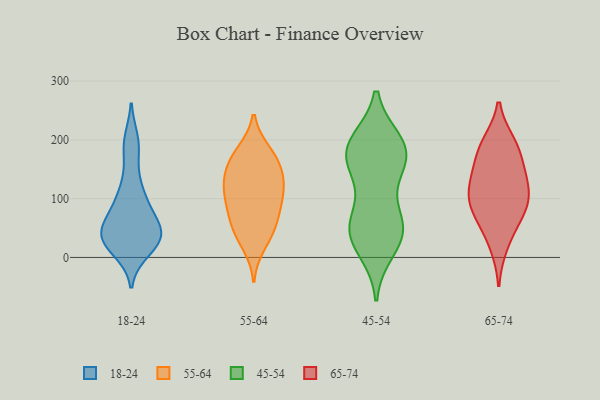
{"axis": {"x": "Latency (ms)", "y": "Value"}, "legend": ["18-24", "45-54", "55-64", "65-74"], "data": [{"x": "", "y": 22, "type": "18-24"}, {"x": "", "y": 41, "type": "18-24"}, {"x": "", "y": 38, "type": "18-24"}, {"x": "", "y": 127, "type": "18-24"}, {"x": "", "y": 105, "type": "18-24"}, {"x": "", "y": 83, "type": "18-24"}, {"x": "", "y": 53, "type": "18-24"}, {"x": "", "y": 12, "type": "18-24"}, {"x": "", "y": 38, "type": "18-24"}, {"x": "", "y": 37, "type": "18-24"}, {"x": "", "y": 30, "type": "18-24"}, {"x": "", "y": 78, "type": "18-24"}, {"x": "", "y": 185, "type": "18-24"}, {"x": "", "y": 199, "type": "18-24"}, {"x": "", "y": 153, "type": "55-64"}, {"x": "", "y": 70, "type": "55-64"}, {"x": "", "y": 165, "type": "55-64"}, {"x": "", "y": 61, "type": "55-64"}, {"x": "", "y": 146, "type": "55-64"}, {"x": "", "y": 41, "type": "55-64"}, {"x": "", "y": 46, "type": "55-64"}, {"x": "", "y": 104, "type": "55-64"}, {"x": "", "y": 122, "type": "55-64"}, {"x": "", "y": 180, "type": "55-64"}, {"x": "", "y": 181, "type": "55-64"}, {"x": "", "y": 93, "type": "55-64"}, {"x": "", "y": 95, "type": "55-64"}, {"x": "", "y": 20, "type": "55-64"}, {"x": "", "y": 133, "type": "55-64"}, {"x": "", "y": 120, "type": "55-64"}, {"x": "", "y": 13, "type": "45-54"}, {"x": "", "y": 49, "type": "45-54"}, {"x": "", "y": 163, "type": "45-54"}, {"x": "", "y": 34, "type": "45-54"}, {"x": "", "y": 69, "type": "45-54"}, {"x": "", "y": 54, "type": "45-54"}, {"x": "", "y": 192, "type": "45-54"}, {"x": "", "y": 193, "type": "45-54"}, {"x": "", "y": 179, "type": "45-54"}, {"x": "", "y": 196, "type": "45-54"}, {"x": "", "y": 142, "type": "45-54"}, {"x": "", "y": 35, "type": "45-54"}, {"x": "", "y": 179, "type": "45-54"}, {"x": "", "y": 158, "type": "45-54"}, {"x": "", "y": 59, "type": "45-54"}, {"x": "", "y": 133, "type": "65-74"}, {"x": "", "y": 89, "type": "65-74"}, {"x": "", "y": 78, "type": "65-74"}, {"x": "", "y": 98, "type": "65-74"}, {"x": "", "y": 145, "type": "65-74"}, {"x": "", "y": 194, "type": "65-74"}, {"x": "", "y": 179, "type": "65-74"}, {"x": "", "y": 57, "type": "65-74"}, {"x": "", "y": 190, "type": "65-74"}, {"x": "", "y": 129, "type": "65-74"}, {"x": "", "y": 21, "type": "65-74"}, {"x": "", "y": 101, "type": "65-74"}]}